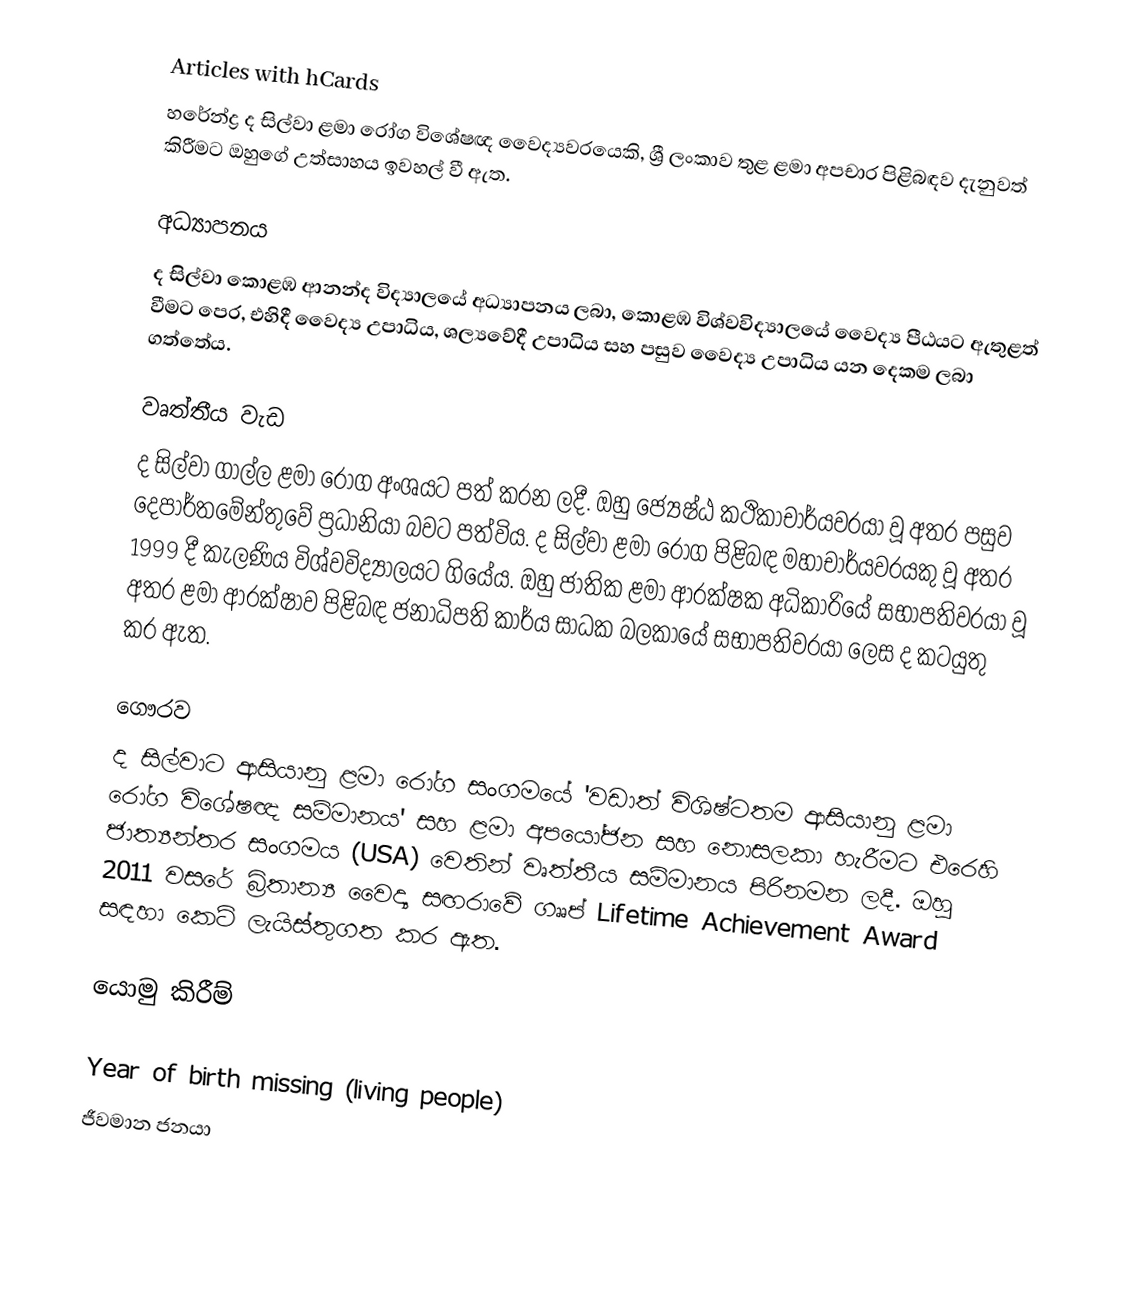
Articles with hCards
හරේන්ද්‍ර ද සිල්වා ළමා රෝග විශේෂඥ වෛද්‍යවරයෙකි, ශ්‍රී ලංකාව තුළ ළමා අපචාර පිළිබඳව දැනුවත් කිරීමට ඔහුගේ උත්සාහය ඉවහල් වී ඇත.

අධ්‍යාපනය
ද සිල්වා කොළඹ ආනන්ද විද්‍යාලයේ අධ්‍යාපනය ලබා, කොළඹ විශ්වවිද්‍යාලයේ වෛද්‍ය පීඨයට ඇතුළත් වීමට පෙර, එහිදී වෛද්‍ය උපාධිය, ශල්‍යවේදී උපාධිය සහ පසුව වෛද්‍ය උපාධිය යන දෙකම ලබා ගත්තේය.

වෘත්තීය වැඩ
ද සිල්වා ගාල්ල ළමා රෝග අංශයට පත් කරන ලදී. ඔහු ජ්‍යෙෂ්ඨ කථිකාචාර්යවරයා වූ අතර පසුව දෙපාර්තමේන්තුවේ ප්‍රධානියා බවට පත්විය. ද සිල්වා ළමා රෝග පිළිබඳ මහාචාර්යවරයකු වූ අතර 1999 දී කැලණිය විශ්වවිද්‍යාලයට ගියේය. ඔහු ජාතික ළමා ආරක්ෂක අධිකාරියේ සභාපතිවරයා වූ අතර ළමා ආරක්ෂාව පිළිබඳ ජනාධිපති කාර්ය සාධක බලකායේ සභාපතිවරයා ලෙස ද කටයුතු කර ඇත.

ගෞරව
ද සිල්වාට ආසියානු ළමා රෝග සංගමයේ 'වඩාත් විශිෂ්ටතම ආසියානු ළමා රෝග විශේෂඥ සම්මානය' සහ ළමා අපයෝජන සහ නොසලකා හැරීමට එරෙහි ජාත්‍යන්තර සංගමය (USA) වෙතින් වෘත්තීය සම්මානය පිරිනමන ලදී. ඔහු 2011 වසරේ බ්‍රිතාන්‍ය වෛද්‍ය සඟරාවේ ගෲප් Lifetime Achievement Award සඳහා කෙටි ලැයිස්තුගත කර ඇත.

යොමු කිරීම්

Year of birth missing (living people)
ජීවමාන ජනයා